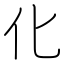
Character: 化